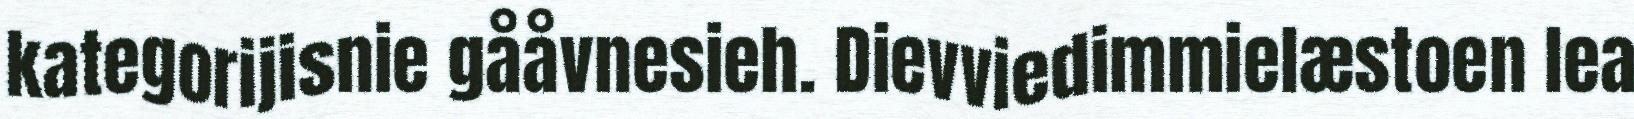
kategorijisnie gååvnesieh. Dievviedimmielæstoen lea